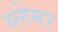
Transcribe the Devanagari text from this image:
स्लेमर